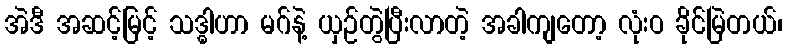
အဲဒီ အဆင့်မြင့် သဒ္ဓါဟာ မဂ်နဲ့ ယှဉ်တွဲပြီးလာတဲ့ အခါကျတော့ လုံးဝ ခိုင်မြဲတယ်၊